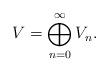
LaTeX: \begin{align*}V=\bigoplus_{n=0}^{\infty} V_n.\end{align*}